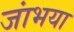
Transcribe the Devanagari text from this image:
जांभया